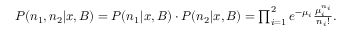
\begin{array} { r } { P ( n _ { 1 } , n _ { 2 } | x , B ) = P ( n _ { 1 } | x , B ) \cdot P ( n _ { 2 } | x , B ) = \prod _ { i = 1 } ^ { 2 } e ^ { - \mu _ { i } } \frac { \mu _ { i } ^ { n _ { i } } } { n _ { i } ! } . } \end{array}